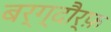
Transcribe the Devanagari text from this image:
बर्ग्दौर्फ़